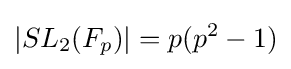
|SL_{2}(F_{p})|=p(p^{2}-1)